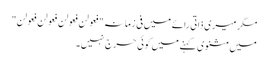
مگر میری ذاتی رائے میں فی زمانہ"فعولن فعولن فعولن فعولن"
میں مثنوی کہنے میں کوئی حرج نہیں۔